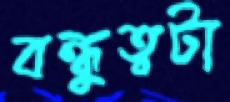
বন্ধুত্বটা